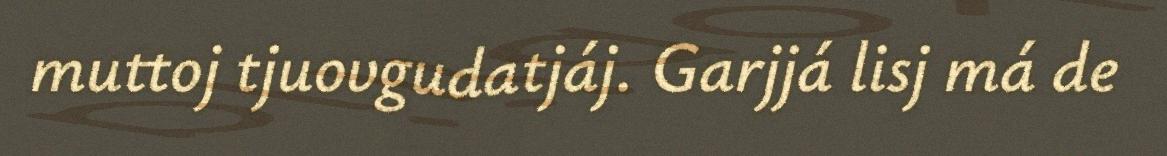
muttoj tjuovgudatjáj. Garjjá lisj má de